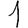
Digit: 1